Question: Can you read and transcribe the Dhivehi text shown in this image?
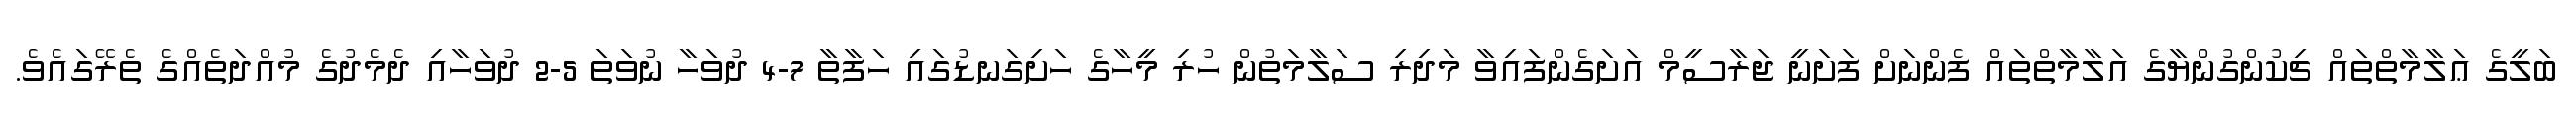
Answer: ބަލީގެ ޢަލާމާތްތައް ޗިކުންގުންޔާގެ އަލާމާތްތައް ފެންނަށް ފަށަނީ ޖަރާސީމް އަށަގެންފައިވާ މަދިރި ސަލާމަތުން ހުރި މީހާގެ ހަށިގަނޑުގައި ހަފާތާ 7-4 ދުވަހާ ނުވަތަ 5-2 ދުވަހާއި ދެމެދުގެ މުއްދަތެއްގެ ތެރޭގައެވެ.